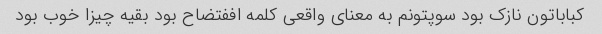
کباباتون نازک بود سوپتونم به معنای واقعی کلمه اففتضاح بود بقیه چیزا خوب بود